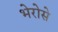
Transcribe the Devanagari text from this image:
भेरोसे